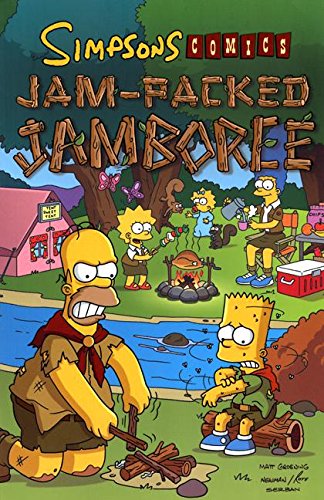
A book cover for Simpsons Comics Jam-Packed Jamboree (Simpson Comic); Matt Groening; Teen & Young Adult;